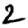
Digit: 2